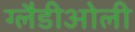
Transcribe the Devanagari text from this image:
ग्‍लैडीओली